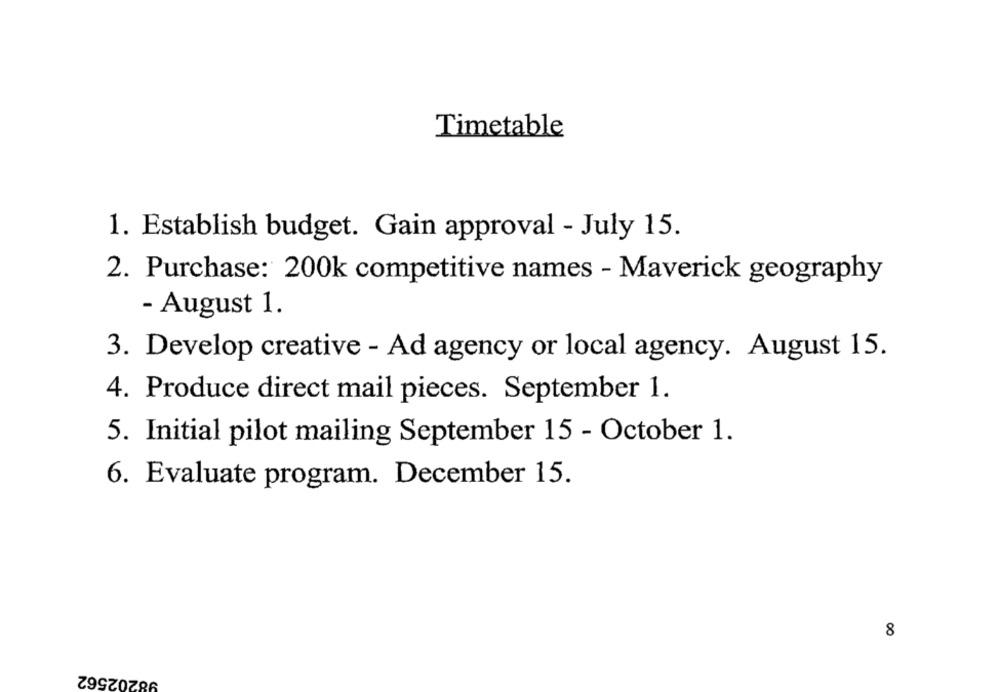
Timetable
1. Establish budget. Gain approval - July 15.
2. Purchase: 200k competitive names - Maverick geography
- August 1.
3. Develop creative - Ad agency or local agency. August 15.
4. Produce direct mail pieces. September 1.
5. Initial pilot mailing September 15 - October 1.
6. Evaluate program. December 15.
8
98202562